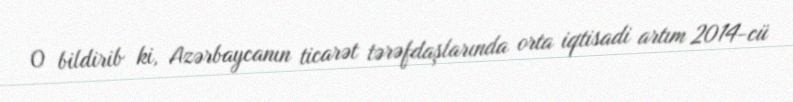
O bildirib ki, Azərbaycanın ticarət tərəfdaşlarında orta iqtisadi artım 2014-cü